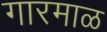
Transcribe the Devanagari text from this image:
गारमाळ